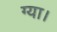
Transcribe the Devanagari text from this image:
ग्या।